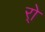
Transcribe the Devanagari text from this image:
र्‍ाे